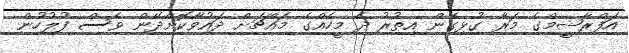
އަފްރާޝީމްގެ މަރާ ގުޅިގެން އިތުރު ދެ މީހެއްގެ މައްޗަށް ދައުވާކޮށްދޭން ވެސް ފުލުހުން